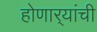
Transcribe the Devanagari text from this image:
होणार्‍यांची